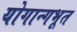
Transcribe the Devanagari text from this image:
योगान्गभूत